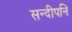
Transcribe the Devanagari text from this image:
सन्‍दीपनि